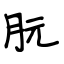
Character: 朊